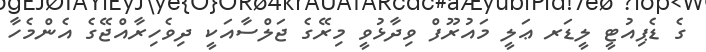
ގެ ޑެޕިއުޓީ ލީޑަރ ޢަލީ މައުރޫފް ވިދާޅުވީ މިރޭގެ ޖަލްސާއަކީ ދިވެހިރާއްޖޭގެ އެންމެހާ